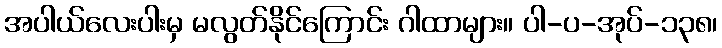
အပါယ်လေးပါးမှ မလွတ်နိုင်ကြောင်း ဂါထာများ။ ပါ-ပ-အုပ်-၁၃၈၊